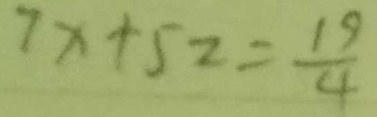
7 x + 5 2 = \frac { 1 9 } { 4 }